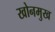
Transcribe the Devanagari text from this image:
खोनमुख